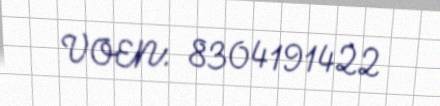
VOEN: 8304191422